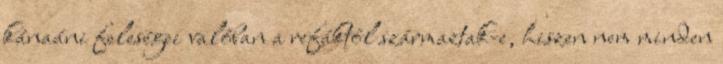
kánaáni feleségei valóban a refáktól származtak-e, hiszen nem minden